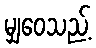
မျှဝေသည့်